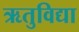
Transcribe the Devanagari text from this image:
ऋतुविद्या